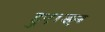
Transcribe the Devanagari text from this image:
हुए।इन